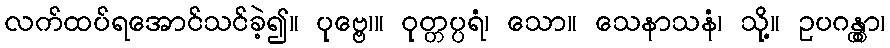
လက်ထပ်ရအောင်သင်ခဲ့၍။ ပုဗ္ဗေ၊။ ဝုတ္တပ္ပရံ၊ သော။ သေနာသနံ၊ သို့။ ဥပဂန္တွာ၊